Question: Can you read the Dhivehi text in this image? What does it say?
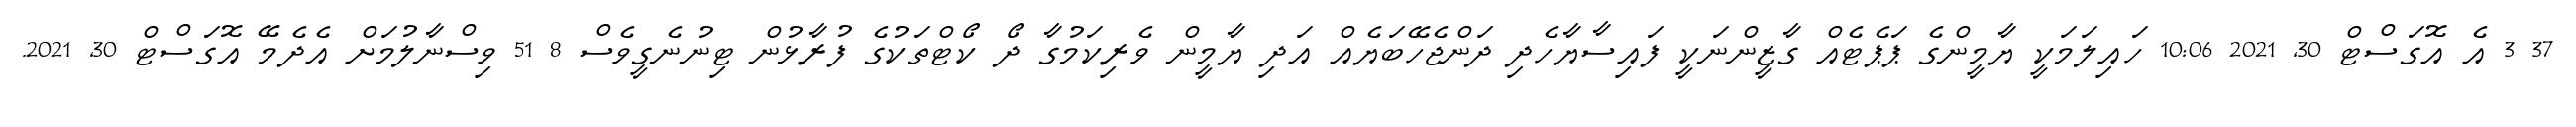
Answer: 37 3 އެ އޮގަސްޓް 30, 2021 10:06 ހައިލަމަކީ ޔާމީންގެ ޕަޕެޓެއް ގާޒީންނަކީ ފައިސާޔާހެދި ދަންޖެހޭބަޔެއް އަދި ޔާމީން ވެރިކަމުގާ ދޯ ކޯޓްތަކުގެ ފުރާޅުން ޓިނުނެގީވެސް 8 51 ވިސްނާލުމަށް އެދެމޭ އޮގަސްޓް 30, 2021.